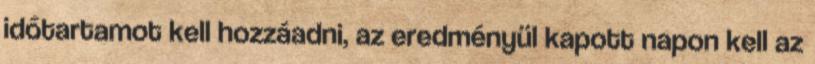
időtartamot kell hozzáadni, az eredményül kapott napon kell az